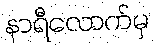
နာရီလောက်မှ